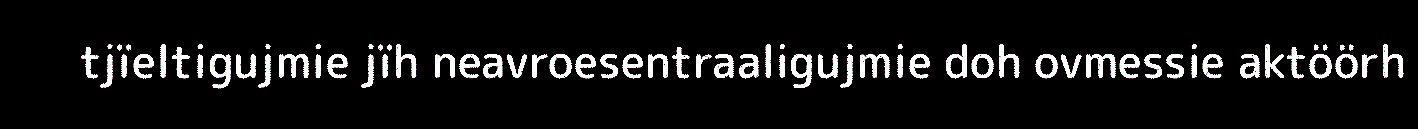
tjïeltigujmie jïh neavroesentraaligujmie doh ovmessie aktöörh